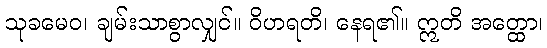
သုခမေဝ၊ ချမ်းသာစွာလျှင်။ ဝိဟရတိ၊ နေရ၏။ ဣတိ အတ္ထော၊